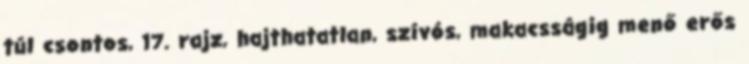
túl csontos, 17. rajz, hajthatatlan, szívós, makacsságig menő erős